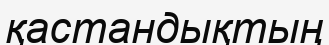
қастандықтың